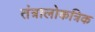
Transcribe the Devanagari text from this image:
तंत्रालोकत्रिक